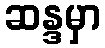
ဆန္ဒမှာ